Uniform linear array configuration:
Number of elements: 8
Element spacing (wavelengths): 0.25
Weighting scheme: cosine
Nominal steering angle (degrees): -30
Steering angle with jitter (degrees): -28.865
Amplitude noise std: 0.05
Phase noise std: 0.05

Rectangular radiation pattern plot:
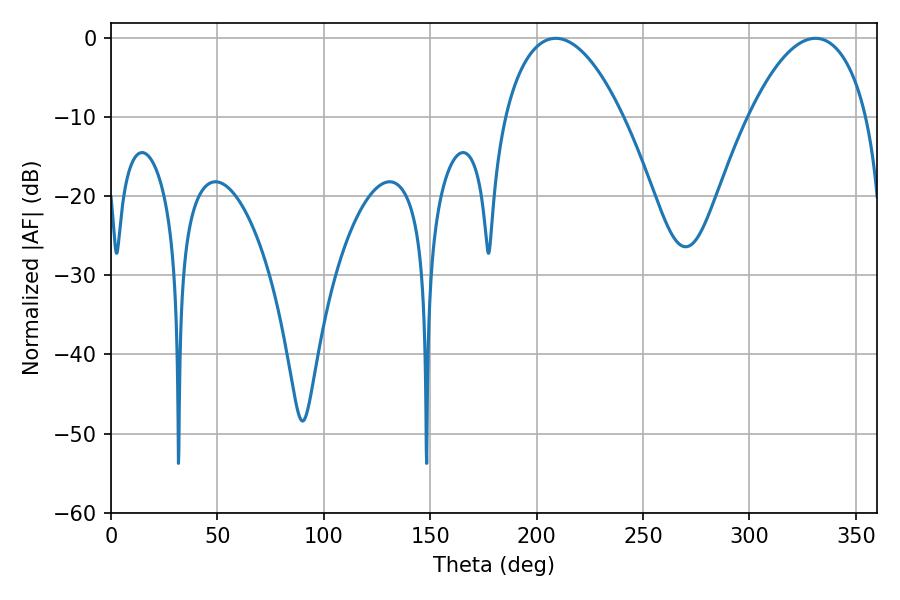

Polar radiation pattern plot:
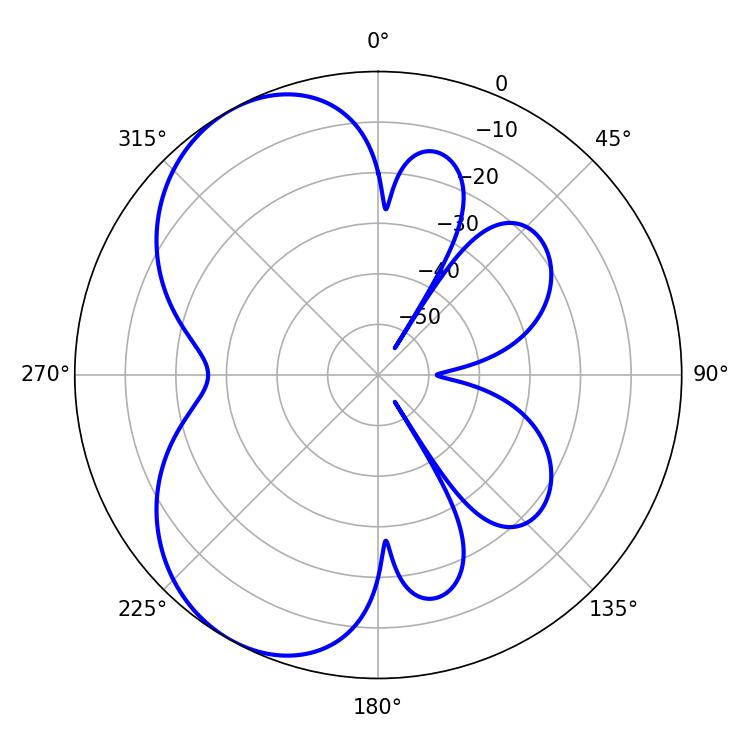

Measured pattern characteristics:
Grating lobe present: FALSE
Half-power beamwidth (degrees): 30.96
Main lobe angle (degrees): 208.98